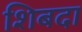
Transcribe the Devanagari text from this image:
शिबदा